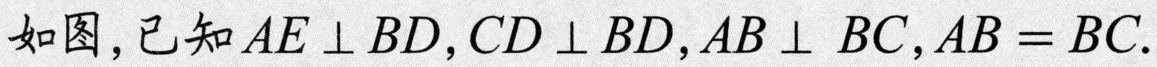
如图，已知\(AE\perp BD\)，\(CD\perp BD\)，\(AB\perp BC\)，\(AB = BC\).